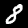
Digit: 8